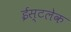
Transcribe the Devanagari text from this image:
ईस्टलेक